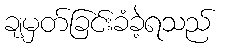
ချမှတ်ခြင်းခံခဲ့ရသည်